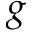
g